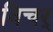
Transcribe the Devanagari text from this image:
विचर्